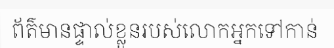
ព័ត៌មានផ្ទាល់ខ្លួនរបស់លោកអ្នកទៅកាន់